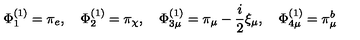
\Phi _ { 1 } ^ { ( 1 ) } = \pi _ { e } , \quad \Phi _ { 2 } ^ { ( 1 ) } = \pi _ { \chi } , \quad \Phi _ { 3 \mu } ^ { ( 1 ) } = \pi _ { \mu } - \frac { i } { 2 } \xi _ { \mu } , \quad \Phi _ { 4 \mu } ^ { ( 1 ) } = \pi _ { \mu } ^ { b }